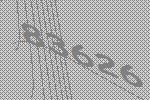
83626